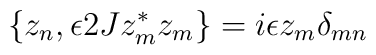
\{z_n,\epsilon 2Jz^\ast_mz_m\}=i\epsilon z_m\delta_{mn}